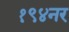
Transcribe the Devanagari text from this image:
१९४नर